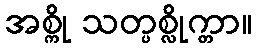
အစ္ကို သတ္ပစ္လိုက္တာ။